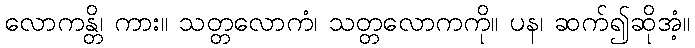
လောကန္တိ၊ ကား။ သတ္တလောကံ၊ သတ္တလောကကို။ ပန၊ ဆက်၍ဆိုအံ့။